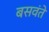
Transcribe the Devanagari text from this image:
बसवंते